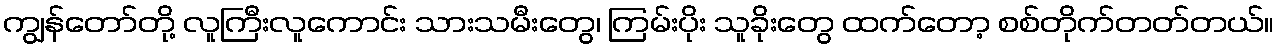
ကျွန်တော်တို့ လူကြီးလူကောင်း သားသမီးတွေ၊ ကြမ်းပိုး သူခိုးတွေ ထက်တော့ စစ်တိုက်တတ်တယ်။